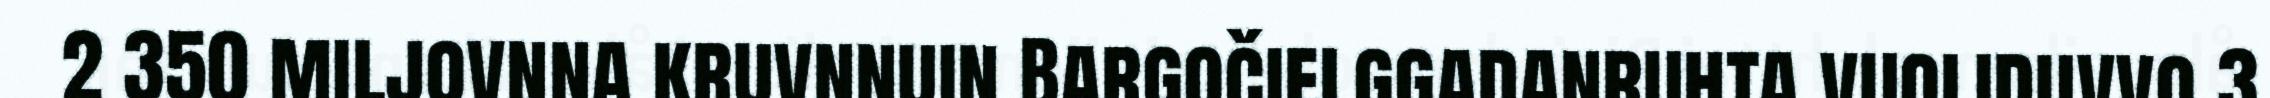
2 350 miljovnna kruvnnuin Bargočielggadanruhta vuoliduvvo 3